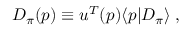
D _ { \pi } ( p ) \equiv u ^ { T } ( p ) \langle p | { \cal D } _ { \pi } \rangle \; ,